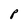
Character: P